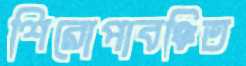
শিরোপাবঞ্চিত